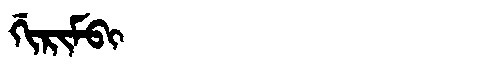
Manchu: ᡤᡳᡵᡳᠮᠪᡳ
Romanization: GIRIMBI